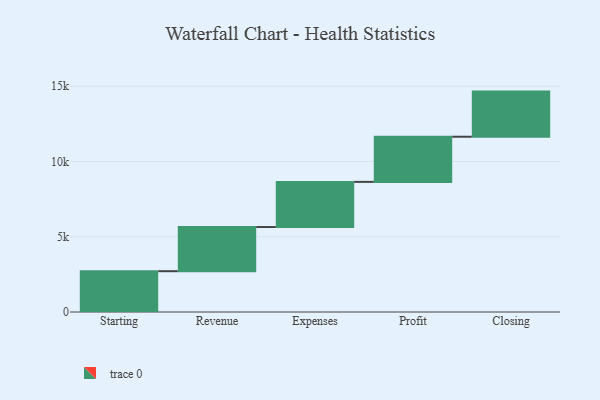
{"axis": {"x": "Step", "y": "Value"}, "legend": [""], "data": [{"x": "Starting", "y": 2712.0, "type": ""}, {"x": "Revenue", "y": 2935.0, "type": ""}, {"x": "Expenses", "y": 3000, "type": ""}, {"x": "Profit", "y": 3000, "type": ""}, {"x": "Closing", "y": 3000, "type": ""}]}